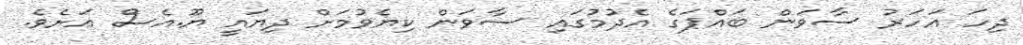
ދިހަ އަހަރު ސާވަން ބައްޕަގެ އެދުމުގައި ސާވަން ކިޔެވުމަށް ދިޔައީ ޔޫ.އެސް އަށެވެ.